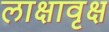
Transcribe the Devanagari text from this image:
लाक्षावृक्ष